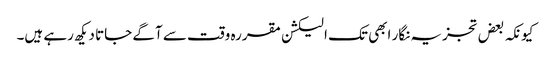
کیونکہ بعض تجزیہ نگار ابھی تک الیکشن مقررہ وقت سے آگے جاتا دیکھ رہے ہیں۔